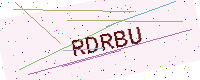
Text: RDRBU